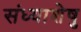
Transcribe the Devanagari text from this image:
संध्याशेषु